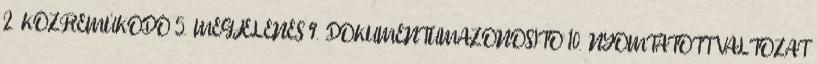
2. KÖZREMŰKÖDŐ 5. MEGJELENÉS 9. DOKUMENTUMAZONOSÍTÓ 10. NYOMTATOTT VÁLTOZAT